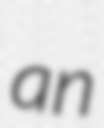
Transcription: an